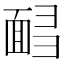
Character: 𩈟